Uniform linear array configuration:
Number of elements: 64
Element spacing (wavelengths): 1
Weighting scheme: hann
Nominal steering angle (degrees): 30
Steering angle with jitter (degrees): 28.095
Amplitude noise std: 0.05
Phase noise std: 0.05

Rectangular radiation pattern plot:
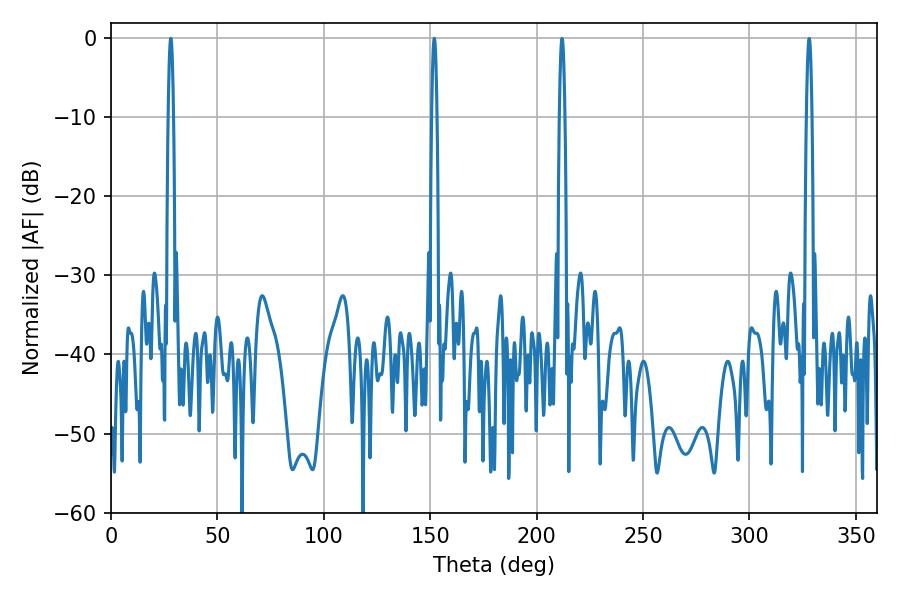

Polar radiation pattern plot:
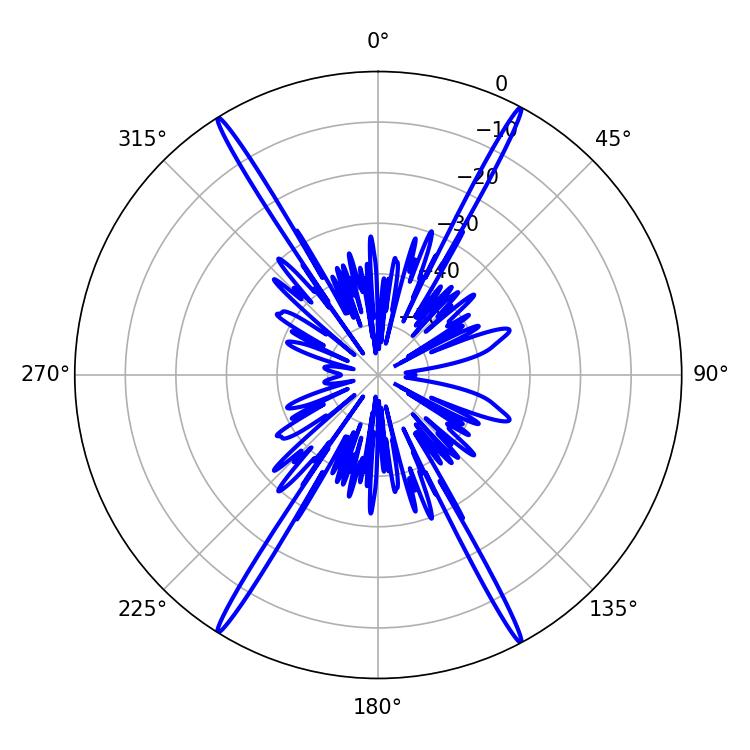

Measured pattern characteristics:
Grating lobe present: TRUE
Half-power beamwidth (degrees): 1.44
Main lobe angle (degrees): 28.08